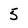
Character: 5